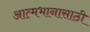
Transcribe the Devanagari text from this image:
आत्मभानासाठी